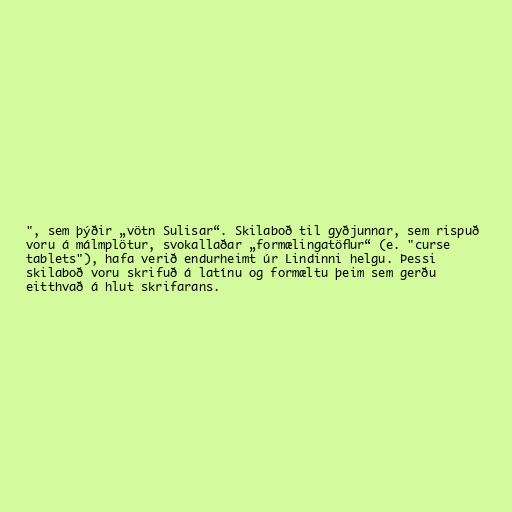
", sem þýðir „vötn Sulisar“. Skilaboð til gyðjunnar, sem rispuð
voru á málmplötur, svokallaðar „formælingatöflur“ (e. "curse
tablets"), hafa verið endurheimt úr Lindinni helgu. Þessi
skilaboð voru skrifuð á latínu og formæltu þeim sem gerðu
eitthvað á hlut skrifarans.